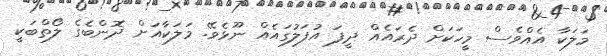
މަލަކާ އެއްވެސް މީހަކަށް ދެރައެއް ދީފަ އުފަލުގައެއް ނޫޅެވޭ. މަލަކާއަށް ދޮންބެގެ ލޯތްބަކީ